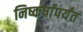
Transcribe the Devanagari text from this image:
निष्कर्षांपर्यंत